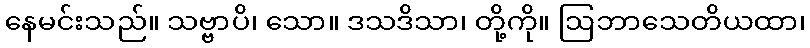
နေမင်းသည်။ သဗ္ဗာပိ၊ သော။ ဒသဒိသာ၊ တို့ကို။ ဩဘာသေတိယထာ၊